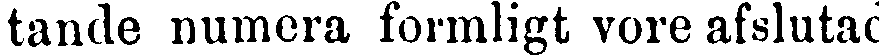
tande numera formligt vore afslutad